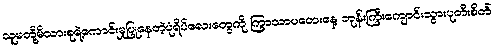
သူမတို့မိသားစုရဲ့ကောင်းမှုပြုနေတဲ့ပုံရိပ်လေးတွေကို ကြာသာပတေးနေ့ ဘုန်းကြီးကျောင်းသွားပုတီးစိတ်